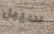
سيبل